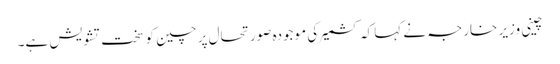
چینی وزیر خارجہ نے کہا کہ کشمیر کی موجودہ صورتحال پر چین کو سخت تشویش ہے۔